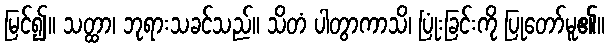
မြင်၍။ သတ္ထာ၊ ဘုရားသခင်သည်။ သိတံ ပါတွာကာသိ၊ ပြုံးခြင်းကို ပြုတော်မူ၏။